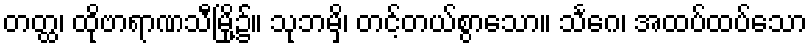
တတ္ထ၊ ထိုဗာရာဏသီမြို့၌။ သုဘမှိ၊ တင့်တယ်စွာသော။ သင်္ဂေ၊ အထပ်ထပ်သော